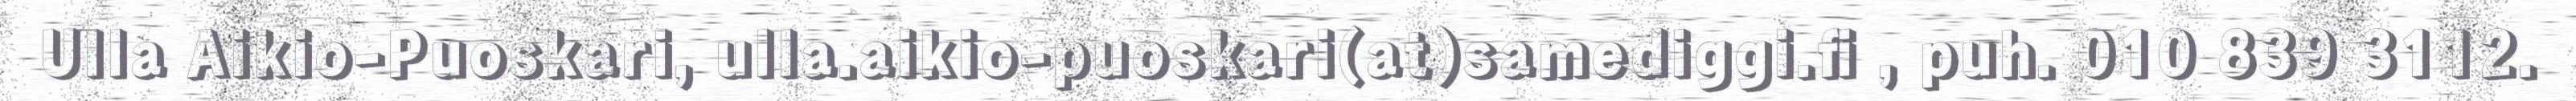
Ulla Aikio-Puoskari, ulla.aikio-puoskari(at)samediggi.fi , puh. 010 839 3112.